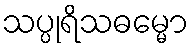
သပ္ပုရိသဓမ္မော